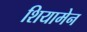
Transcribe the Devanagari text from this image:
शियामेन